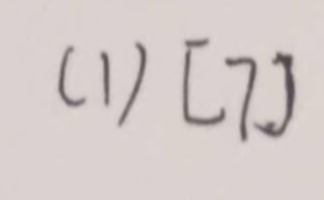
( 1 ) [ 7 ]